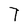
Character: 7